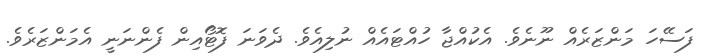
ފަސޭހަ މަންޒަރެއް ނޫނެވެ. އެކުއްޖާ ހުއްޓައެއް ނުލިއެވެ. ދެވަނަ ފޮޓޯއިން ފެންނަނީ އެމަންޒަރެވެ.